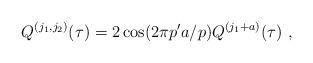
LaTeX: \begin{align*}Q^{(j_1,j_2)}(\tau)=2\cos(2\pi p' a/p)Q^{(j_1+a)}(\tau)\ ,\end{align*}